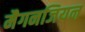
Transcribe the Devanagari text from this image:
मैगनजियन